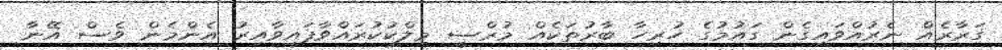
ގަރާރެއް ނެރުއްވައިގެން ގައުމުގެ ހުރިހާ ބާރުތަކެއް މުރްސީ މިލްކުކުރައްވާފައިވާއިރު އެންމެން ވެސް އޭނާ